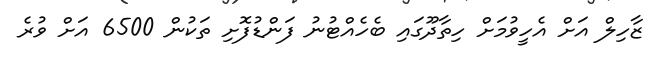
ޒާހިލް އަށް އެހީވުމަށް ހިތާދޫގައި ބެހެއްޓުނު ފަންޑުފޮށި ތަކުން 6500 އަށް ވުރެ